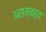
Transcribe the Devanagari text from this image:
असम्बह्व